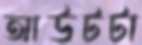
আউটটা